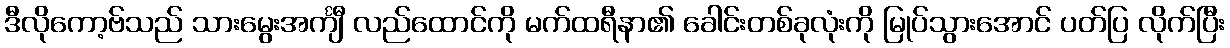
ဒီလိုကော့ဗ်သည် သားမွေးအင်္ကျီ လည်ထောင်ကို မက်ထရီနာ၏ ခေါင်းတစ်ခုလုံးကို မြုပ်သွားအောင် ပတ်ပြ လိုက်ပြီး